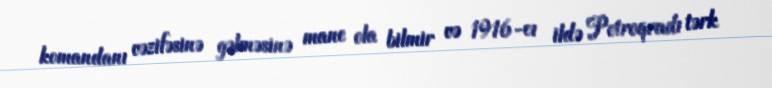
komandanı vəzifəsinə gəlməsinə mane ola bilmir və 1916-cı ildə Petroqradı tərk